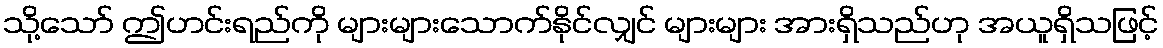
သို့သော် ဤဟင်းရည်ကို များများသောက်နိုင်လျှင် များများ အားရှိသည်ဟု အယူရှိသဖြင့်